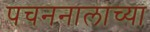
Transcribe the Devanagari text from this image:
पचननालाच्या